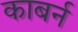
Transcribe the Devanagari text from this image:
काबर्न